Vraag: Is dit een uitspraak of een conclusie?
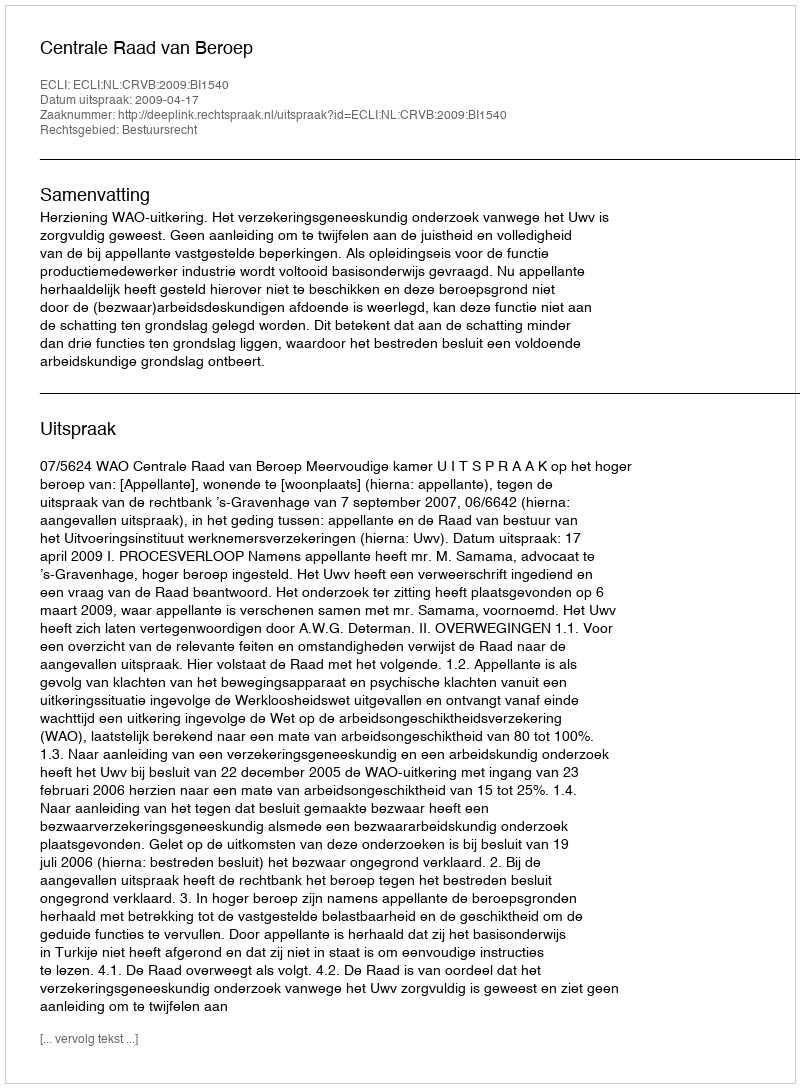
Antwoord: Uitspraak